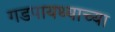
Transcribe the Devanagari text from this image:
गडपायथ्याच्या